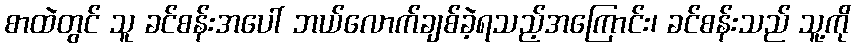
စာထဲတွင် သူ ခင်စန်းအပေါ် ဘယ်လောက်ချစ်ခဲ့ရသည့်အကြောင်း၊ ခင်စန်းသည် သူ့ကို